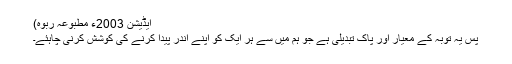
ایڈیشن 2003ء مطبوعہ ربوہ)
پس یہ توبہ کے معیار اور پاک تبدیلی ہے جو ہم میں سے ہر ایک کو اپنے اندر پیدا کرنے کی کوشش کرنی چاہئے۔